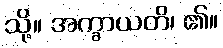
သို့။ အက္ခာယတိ၊ ၏။